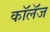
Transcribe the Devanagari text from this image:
कॉलॅज